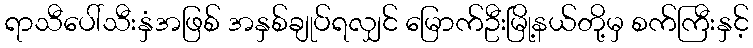
ရာသီပေါ်သီးနှံအဖြစ် အနှစ်ချုပ်ရလျှင် မြောက်ဦးမြို့နယ်တို့မှ စက်ကြီးနှင့်